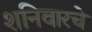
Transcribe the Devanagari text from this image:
शनिवारचे